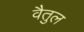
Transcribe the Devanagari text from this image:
वैतुल